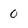
Character: 0